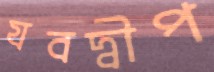
যবদ্বীপ